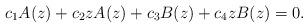
LaTeX: \begin{align*}c_{1}A(z)+c_{2}zA(z)+c_{3}B(z)+c_{4}zB(z)=0.\end{align*}